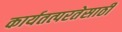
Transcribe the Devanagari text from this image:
कार्यतत्परतेसाठी